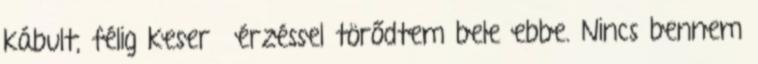
kábult, félig keserű érzéssel törődtem bele ebbe. Nincs bennem